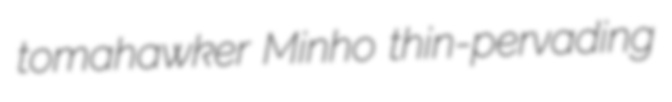
tomahawker Minho thin-pervading